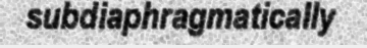
subdiaphragmatically